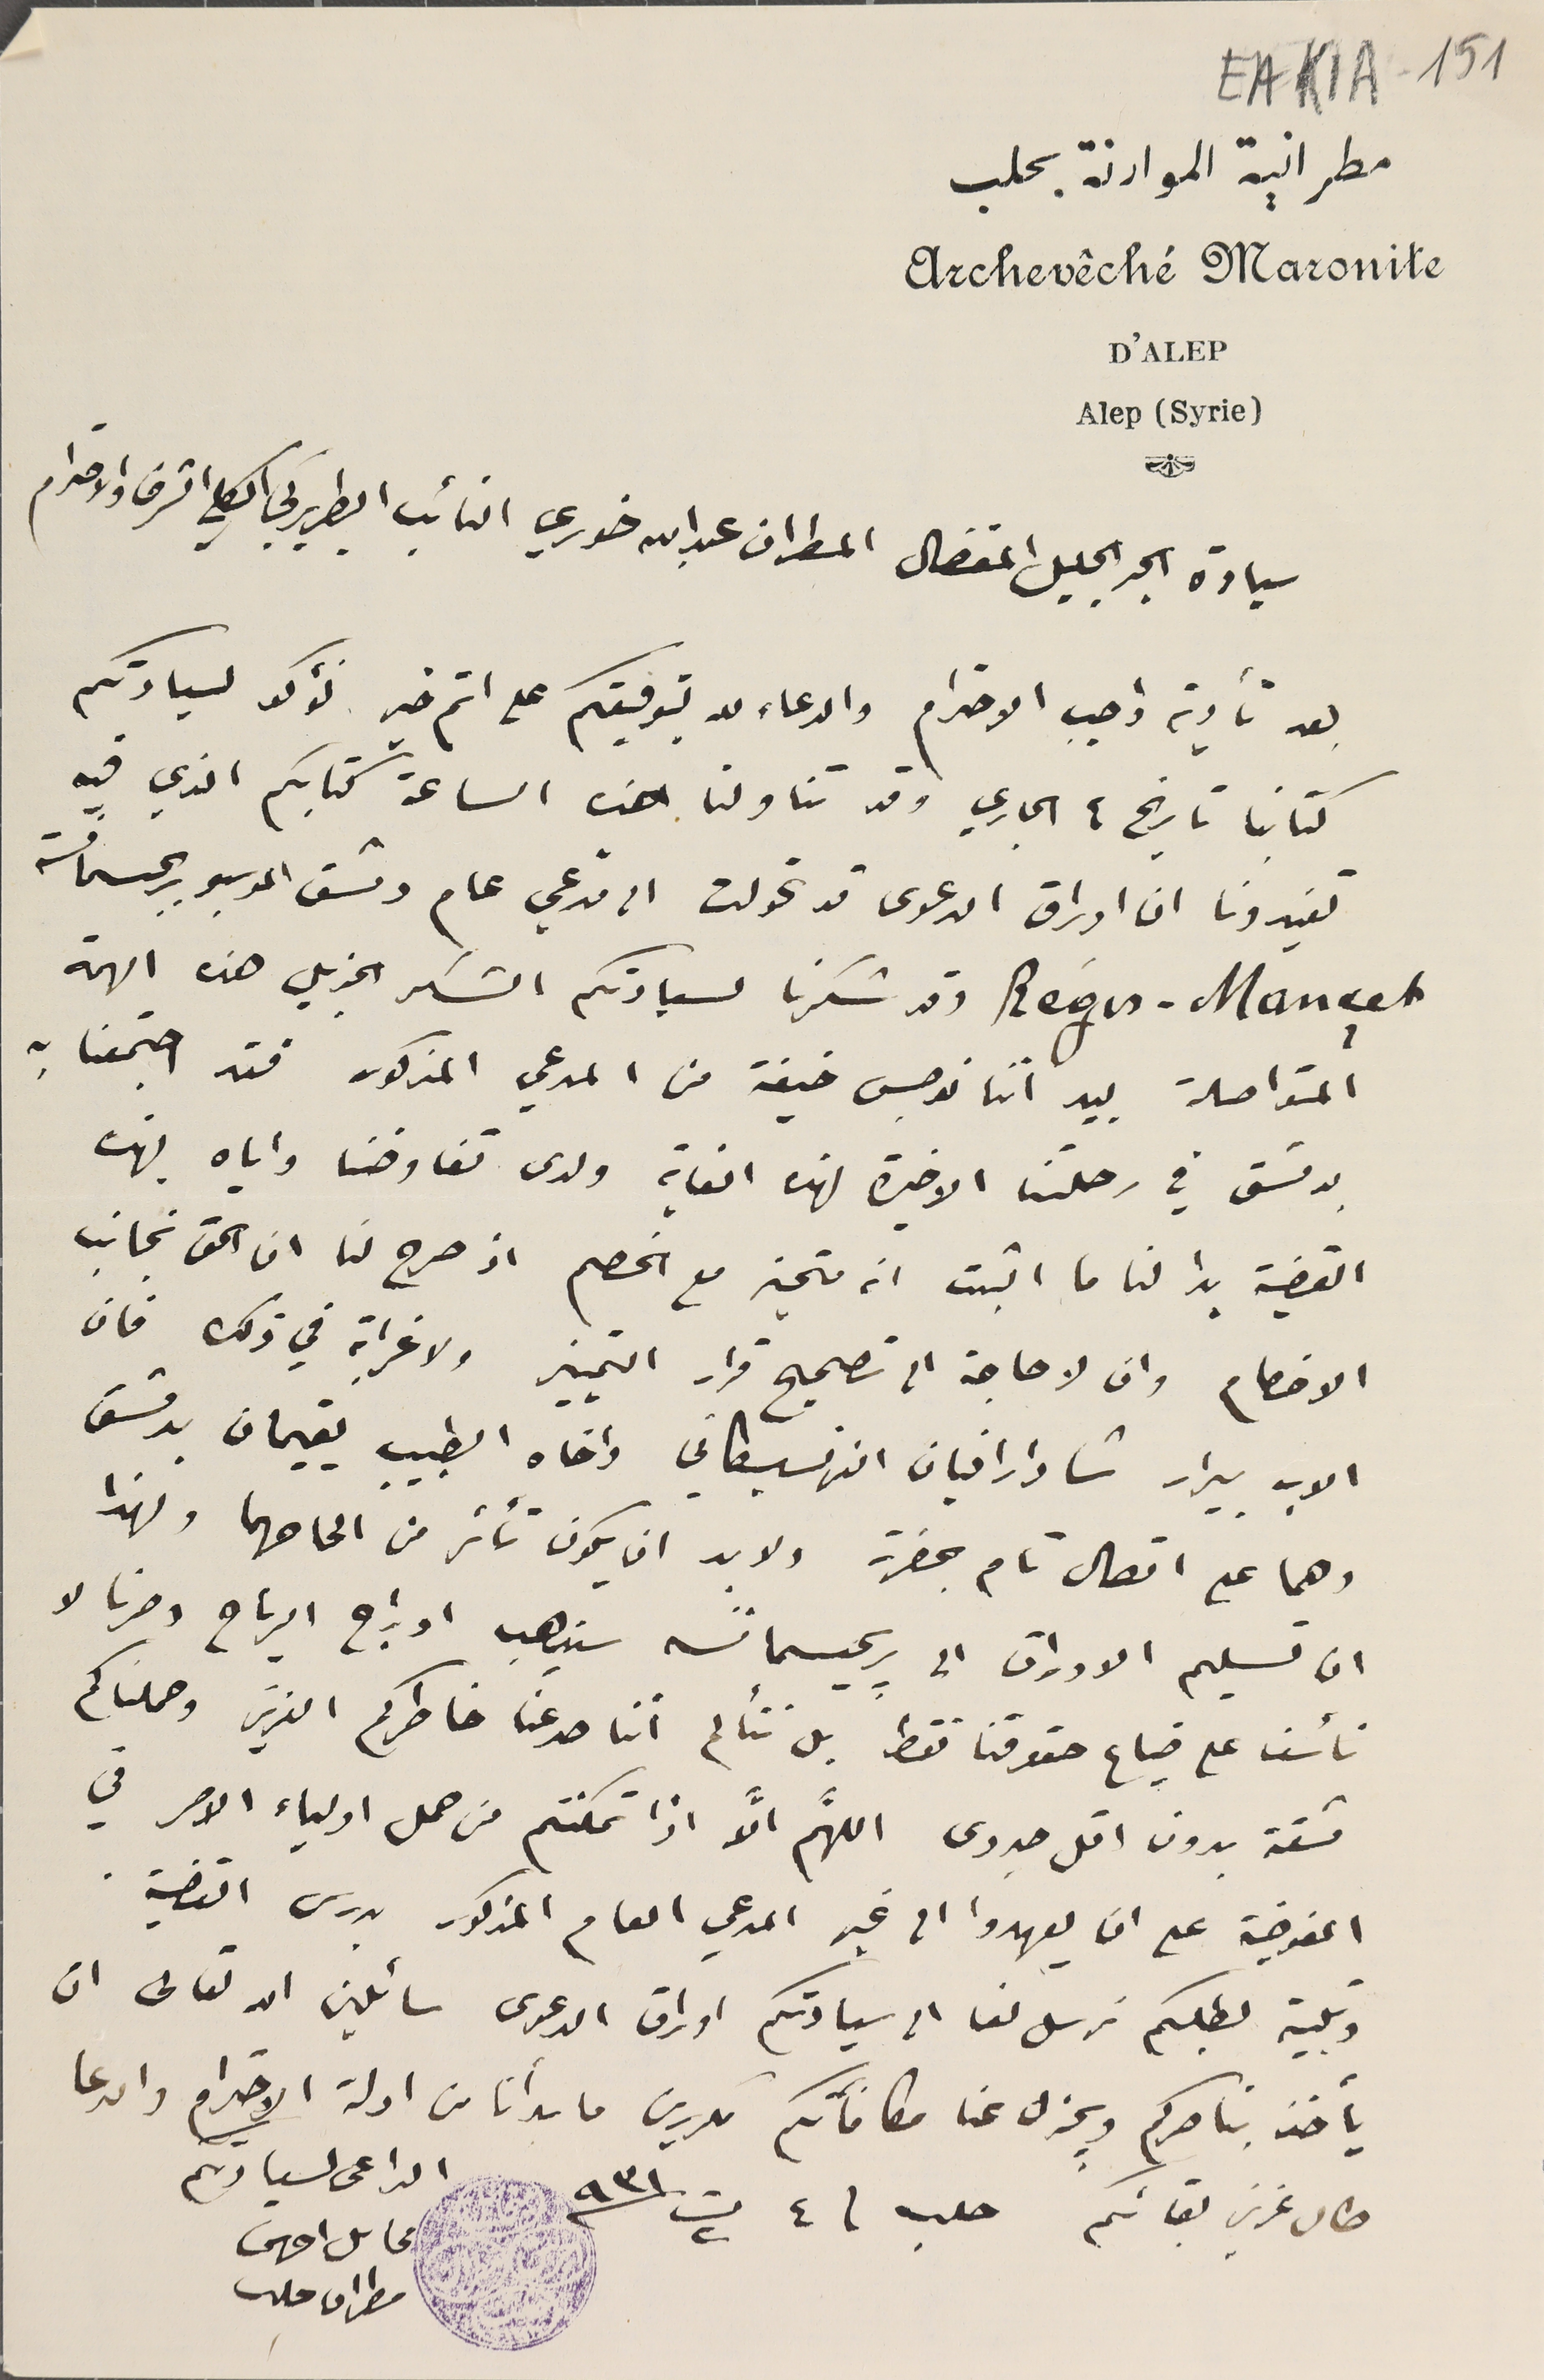
EAK1A-151
 مطرانية الموارنة بحلب
 Archevêché Maronite
D'ALEP
Alep (Syrie)
سيادة الحبر الجليل المفضال المطران عبدالله خوري النائب البطريركي الكلي الشرف والاحترام
بعد تأدية واجب الاحترام والدعاء لله بتوفيقكم على اتم خير نؤكد لسيادتكم
كتابنا تاريخ ٤ الجاري وقد تناولنا هذه الساعة كتابكم الذي فيه
تفيدونا ان اوراق الدعوى قد تحولت الى مدعي عام دمشق الموسيو ريجسمانسة
Régis - Mançet وقد شكرنا لسيادتكم الشكر الجزيل هذه الهمة
المتواصلة بيد اننا نوجس خيفة من المدعي المذكور فقد اجتمعنا به
بدمشق في رحلتنا الاخيرة لهذه الغاية ولدى تفاوضنا واياه بهذه
القضية بدا لنا ما اثبت انه متحيز مع الخصم اذ صرح لنا ان الحق نجانب
الاخصام وان لا حاجة الى تصحيح قرار التمييز ولا غرابة في ذلك فان
الاب بيرار شادارافيان الفرنسيسكاني واخاه الطبيب يقيمان بدمشق
وهما على اتصال تام بحضرته ولا بد ان يكون تأثر من الحاحهما ولهذا
ان تسليم الاوراق الى ريجسمانسه سيذهب ادراج الرياح وصرنا لا
نأسف على ضياع حقوقنا فقط بل نتألم اننا صرعنا خاطركم العزيز وحملناكم
مشقة بدون اقل جدوى اللَّهم الَّا اذا تمكتتم من حمل اولياء الامر في
المفوضية على ان يعهدوا الى غير المدعي العام المذكور بدرس القضية.
وتلبية لطلبكم نرسل لنا الى سيادتكم اوراق الدعوى سائلين الله تعالى ان
يأخذ بناصركم ويجزل عنا مكافاتكم مكررين ما بدأنا من ادلة الاحترام والدعا
الداعى لسيادتكم
 محاىل احرس
مطران حلب
 طال عزيز بقائكم حلب  ٤ ت٢ / ٩٣١